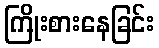
ကြိုးစားနေခြင်း